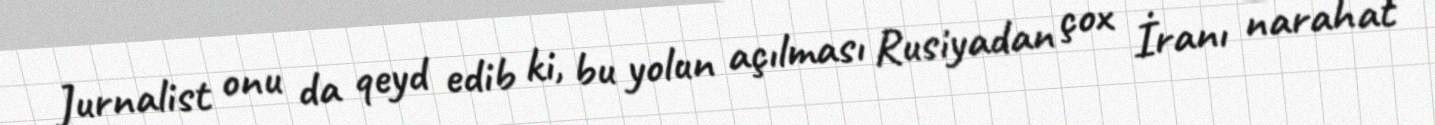
Jurnalist onu da qeyd edib ki, bu yolun açılması Rusiyadan çox İranı narahat